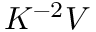
K ^ { - 2 } V